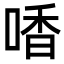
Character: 㗍